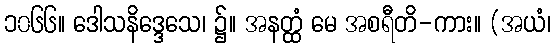
၁၀၆၆။ ဒေါသနိဒ္ဒေသေ၊ ၌။ အနတ္ထံ မေ အစရီတိ-ကား။ (အယံ၊